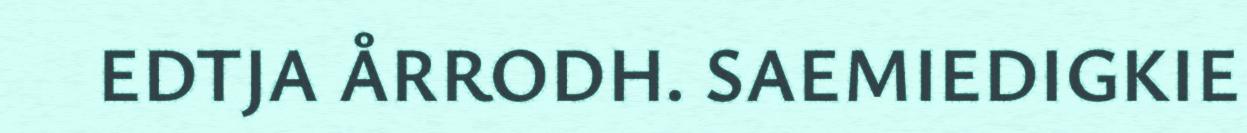
EDTJA ÅRRODH. SAEMIEDIGKIE